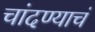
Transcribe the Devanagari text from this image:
चांदण्याचं